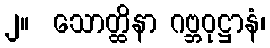
၂။  သောတ္ထိနာ ဂဗ္ဘဝုဋ္ဌာနံ၊